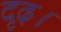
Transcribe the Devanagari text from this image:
दृढ़।